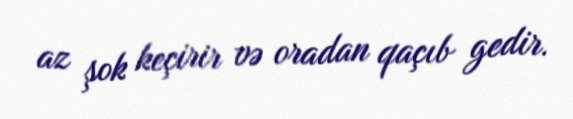
az şok keçirir və oradan qaçıb gedir.